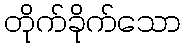
တိုက်ခိုက်သော